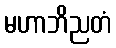
မဟာဘိညတံ